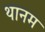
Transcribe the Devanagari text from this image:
थानम